Civil Veterinary Department. United Provinces 1923-31 - 1923-1931
Year: 1923
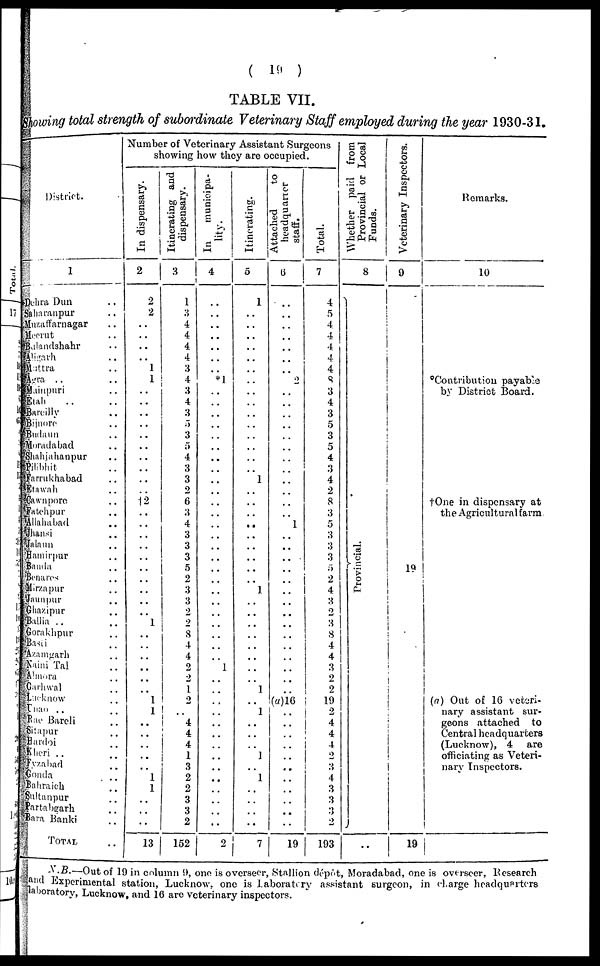
( 19 )
TABLE VII.
Showing total strength of subordinate Veterinary Staff employed during the year 1930-31.
District.
1
Dehra Dun ..
Saharanpur ..
Muzaffarnagar ..
Meerut ..
Bulandshahr ..
Aligarh ..
Muttra ..
Agra .. ..
Mainpuri ..
Etah .. ..
Bareilly ..
Bijnore ..
Budaun ..
Moradabad ..
Shahjahanpur ..
Pilibhit ..
Farrukhabad ..
Etawah ..
Cawnpore ..
Fatchpur ..
Allahabad ..
Jhansi ..
Jalaun ..
Hamirpur ..
Banda ..
Benares ..
Mirzapur ..
Jaunpur ..
Ghazipur ..
Ballia .. ..
Gorakhpur ..
Basti ..
Azamgarh ..
Naini Tal ..
Almora ..
Garhwal ..
Lucknow ..
Unao .. ..
Rae Bareli ..
Sitapur ..
Hardoi ..
Kheri .. ..
Fyzabad ..
Gonda ..
Bahraich ..
Sultanpur ..
Partabgarh ..
Bara Banki ..
TOTAL ..
Number of Veterinary Assistant Surgeons
showing how they are occupied.
In
dispensary.
2
2
2
..
.. ..
..
1
1
..
..
..
..
..
..
..
..
..
12
..
..
..
. .
..
..
..
..
..
1
..
..
..
..
..
1
1
..
..
..
..
..
1
1
..
..
..
13
Itinerating and
dispensary.
3
1
3
4
4
4
4
3
4
3
4
3
5
3
5
4
3
3
2
6
3
4
3
3
3
5
2
3
3
2
2
8
4
4
2
2
1
2
..
4
4
4
1
3
2
2
3
3
2
152
In
municipa-
4
..
..
..
..
..
..
..
*1
..
..
..
..
..
..
..
..
..
..
..
..
..
..
..
..
..
..
..
..
.. ..
..
1
..
..
..
..
..
..
..
..
..
..
..
..
..
..
2
Itinerating.
5
1
..
..
..
..
..
..
..
..
..
..
..
..
..
..
..
1
..
..
..
..
..
..
..
1
..
..
..
..
..
..
..
1
..
1
..
..
..
1
..
1
..
..
..
..
7
Attached
to
headquarter
staff.
6
..
..
..
..
..
..
..
2
..
..
..
. .
.. ..
..
..
..
..
..
..
1
..
..
.. ..
..
..
..
.. ..
..
..
..
..
(a)16
..
..
..
..
..
..
..
..
..
..
..
19
Total.
7
4
5
4
4
4
4
4
8
3
4
3
5
3
5
4
3
4
2
8
3
5
3
3
3
5
2
4
3 2
3
8
4
4
3
2
2
19
2 4
4
4
2
3
4
3
3
3
2
193
Whether paid from
Provincial or Local
Funds.
8
Provincial.
..
Veterinary Inspectors.
9
19
19
Remarks.
10
Contribution payable
by District Board.
†One in dispensary at
the Agricultural farm.
(a) Out of 16 veteri-
nary assistant sur-
geons attached to
Central headquarters
(Lucknow), 4 are
officiating as Veteri-
nary Inspectors.
N.B.—Out of 19 in column 9, one is overseer, Stallion dépôt, Moradabad, one is overseer, Research
and Experimental station, Lucknow, one is laboratory assistant surgeon, in (Large headquarters
laboratory, Lucknow, and 16 are veterinary inspectors.